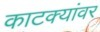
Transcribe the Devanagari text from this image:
काटक्यांवर